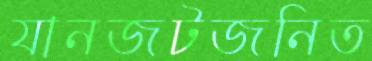
যানজটজনিত